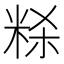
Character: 𰪻